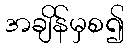
အချိန်မှစ၍